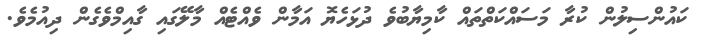
ކައުންސިލުން ކުރާ މަސައްކަތްތައް ކާމިޔާބުވެ ދުޅަހެޔޮ އަމާން ވެއްޓެއް މާލޭގައި ގާއިމްވެގެން ދިއުމެވެ.